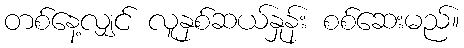
တစ်နေ့လျှင် လူနှစ်ဆယ်နှုန်း စစ်ဆေးမည်။